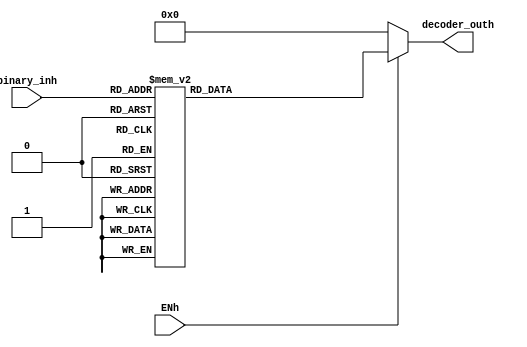
`timescale 1ns / 1ps
//////////////////////////////////////////////////////////////////////////////////
// Company: 
// Engineer: 
// 
// Design Name: 
// Module Name:    Reg_horas 
// Project Name: 
// Target Devices: 
// Tool versions: 
// Description: 
//
// Dependencies: 
//
// Revision: 
// Revision 0.01 - File Created
// Additional Comments: 
//
//////////////////////////////////////////////////////////////////////////////////
module Reg_horas(
    binary_inh   , //  4 bit binary input
	decoder_outh , //  16-bit  out
	ENh
);
input [3:0] binary_inh;
input ENh;
output reg [7:0] decoder_outh;

always@*
begin
	if(ENh)
	begin
	case (binary_inh) 
				4'b0000 : decoder_outh = 8'h1;
				4'b0001 : decoder_outh = 8'h2;
				4'b0010 : decoder_outh = 8'h3;
				4'b0010 : decoder_outh = 8'h4;
				4'b0011 : decoder_outh = 8'h5;
				4'b0100 : decoder_outh = 8'h6;
				4'b0101  : decoder_outh = 8'h7;
				4'b0110  : decoder_outh = 8'h9;
				4'b0111  : decoder_outh = 8'h10;
				4'b1000  : decoder_outh = 8'h11;
				4'b1001  : decoder_outh = 8'h12;
				default decoder_outh= 8'h0; 
		endcase
		 end
	
			
	else 
	decoder_outh= 8'h0;
end

endmodule